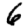
Digit: 6